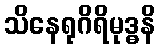
သိနေရုဂိရိမုဒ္ဓနိ